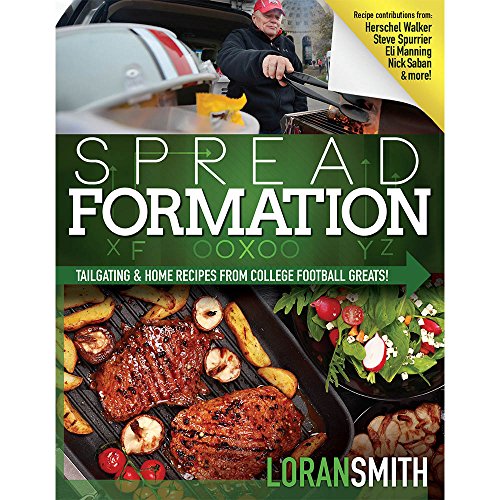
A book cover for Spread Formation; Loran Smith; Cookbooks, Food & Wine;